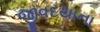
જીવદયાના